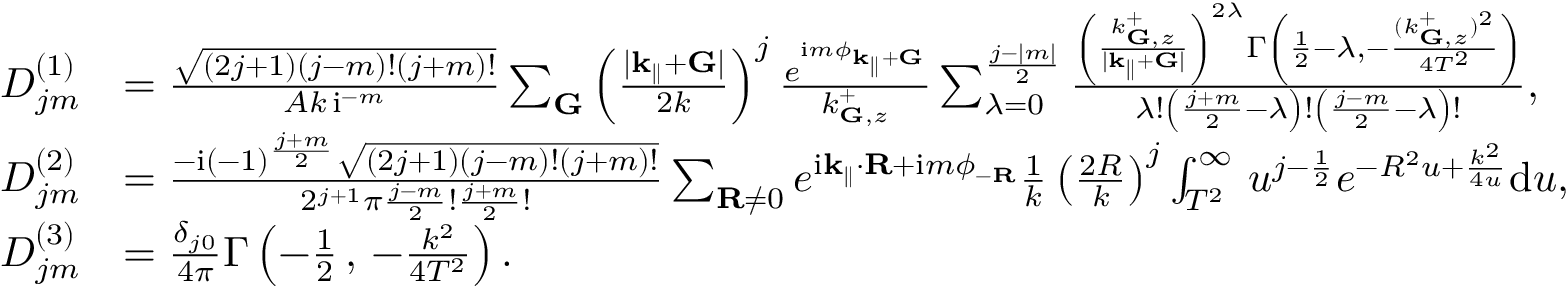
\begin{array} { r l } { D _ { j m } ^ { ( 1 ) } } & { = \frac { \sqrt { ( 2 j + 1 ) ( j - m ) ! ( j + m ) ! } } { A k \, \mathrm { i } ^ { - m } } \sum _ { \mathbf { G } } \left( \frac { | \mathbf { k } _ { \parallel } + \mathbf { G } | } { 2 k } \right) ^ { j } \frac { e ^ { \mathrm { i } m \phi _ { \mathbf { k } _ { \parallel } + \mathbf { G } } } } { k _ { \mathbf { G } , z } ^ { + } } \sum _ { \lambda = 0 } ^ { \frac { j - | m | } { 2 } } \frac { \left( \frac { k _ { \mathbf { G } , z } ^ { + } } { | \mathbf { k } _ { \parallel } + \mathbf { G } | } \right) ^ { 2 \lambda } \Gamma \left( \frac { 1 } { 2 } - \lambda , - \frac { ( k _ { \mathbf { G } , z } ^ { + } ) ^ { 2 } } { 4 T ^ { 2 } } \right) } { \lambda ! \left( \frac { j + m } { 2 } - \lambda \right) ! \left( \frac { j - m } { 2 } - \lambda \right) ! } , } \\ { D _ { j m } ^ { ( 2 ) } } & { = \frac { - \mathrm { i } ( - 1 ) ^ { \frac { j + m } { 2 } } \sqrt { ( 2 j + 1 ) ( j - m ) ! ( j + m ) ! } } { 2 ^ { j + 1 } \pi \frac { j - m } { 2 } ! \frac { j + m } { 2 } ! } \sum _ { \mathbf { R } \neq 0 } e ^ { \mathrm { i } \mathbf { k } _ { \parallel } \cdot \mathbf { R } + \mathrm { i } m \phi _ { - \mathbf { R } } } \frac { 1 } { k } \left( \frac { 2 R } { k } \right) ^ { j } \int _ { T ^ { 2 } } ^ { \infty } \, u ^ { j - \frac { 1 } { 2 } } e ^ { - R ^ { 2 } u + \frac { k ^ { 2 } } { 4 u } } \mathrm { d } u , } \\ { D _ { j m } ^ { ( 3 ) } } & { = \frac { \delta _ { j 0 } } { 4 \pi } \Gamma \left( - \frac { 1 } { 2 } \, , \, - \frac { k ^ { 2 } } { 4 T ^ { 2 } } \right) . } \end{array}